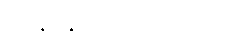
ကန့်ကွက်ခဲ့ကြပါတယ်။